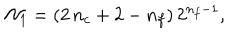
{ \cal N } _ { 1 } = ( 2 \, n _ { c } + 2 - n _ { f } ) \, 2 ^ { n _ { f } - 1 } ,